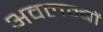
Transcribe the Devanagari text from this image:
अवलम्बों